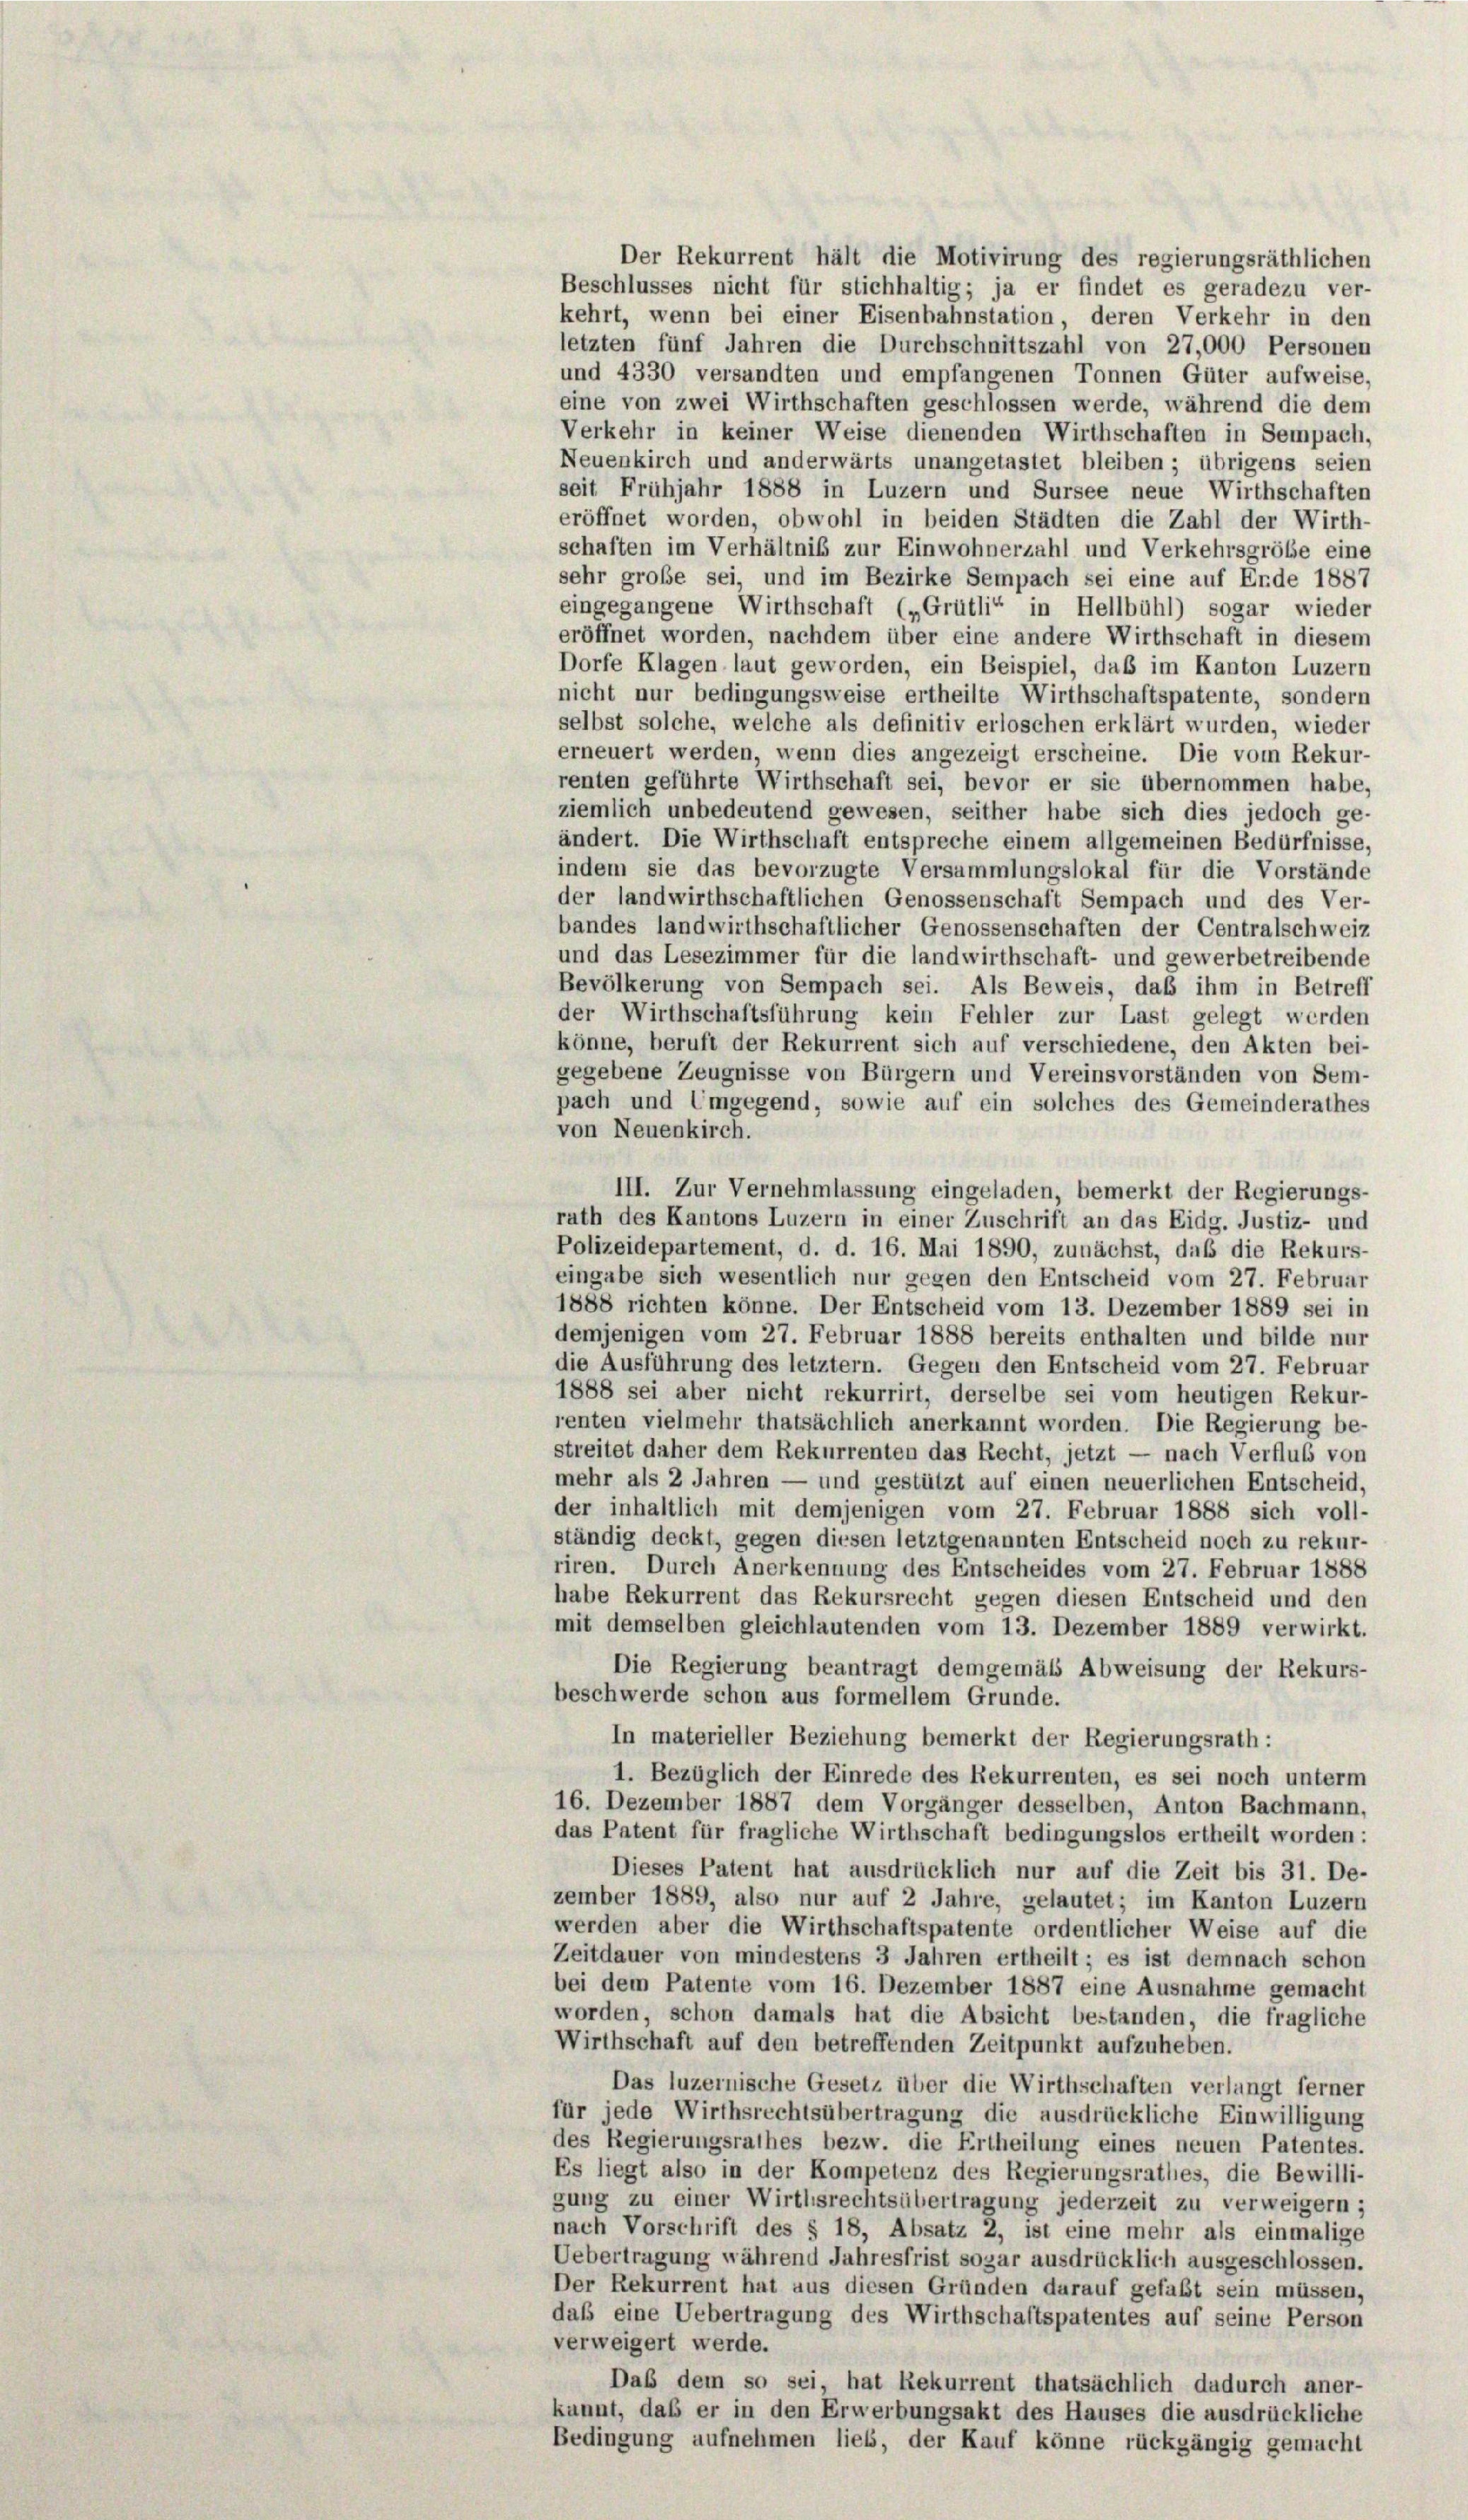
letzten fünf Jahren die Durchschnittszahl von 27,000 Personen
und 4330 versandten und empfangenen Tonnen Güter aufweise,
eine von zwei Wirthschaften geschlossen werde, während die dem
Verkehr in keiner Weise dienenden Wirthschaften in Sempach,
Neuenkirch und anderwärts unangetastet bleiben; übrigens seien
seit Frühjahr 1888 in Luzern und Sursee neue Wirthschaften
eröffnet worden, obwohl in beiden Städten die Zahl der Wirth-
schaften im Verhältniß zur Einwohnerzahl und Verkehrsgröbe eine
sehr große sei, und im Bezirke Sempach sei eine auf Erde 1887
eingegangene Wirthschaft („Grütli“ in Hellbühl) sogar wieder
eröffnet worden, nachdem über eine andere Wirthschaft in diesem
Dorfe Klagen laut geworden, ein Beispiel, daß im Kanton Luzern
nicht nur bedingungsweise ertheilte Wirthschaftspatente, sondern
selbst solche, welche als definitiv erloschen erklärt wurden, wieder
erneuert werden, wenn dies angezeigt erscheine. Die vom Rekur-
renten geführte Wirthschaft sei, bevor er sie übernommen habe,
ziemlich unbedeutend gewesen, seither habe sich dies jedoch ge-
ändert. Die Wirthschaft entspreche einem allgemeinen Bedürfnisse,
indem sie das bevorzugte Versammlungslokal für die Vorstände
der landwirthschaftlichen Genossenschaft Sempach und des Ver-
bandes landwirthschaftlicher Genossenschaften der Centralschweiz
und das Lesezimmer für die landwirthschaft- und gewerbetreibende
Bevölkerung von Sempach sei. Als Beweis, daß ihm in Betreff
der Wirthschaftsführung kein Fehler zur Last gelegt werden
könne, beruft der Rekurrent sich auf verschiedene, den Akten bei-
gegebene Zeugnisse von Bürgern und Vereinsvorständen von Sem-
pach und Umgegend, sowie auf ein solches des Gemeinderathes
von Neuenkirch.
III. Zur Vernehmlassung eingeladen, bemerkt der Regierungs-
rath des Kantons Luzern in einer Zuschrift an das Eidg. Justiz- und
Polizeidepartement, d. d. 16. Mai 1890, zunächst, daß die Rekurs-
eingabe sich wesentlich nur gegen den Entscheid vom 27. Februar
1888 richten könne. Der Entscheid vom 13. Dezember 1889 sei in
demjenigen vom 27. Februar 1888 bereits enthalten und bilde nur
die Ausführung des letztem. Gegen den Entscheid vom 27. Februar
1888 sei aber nicht rekurrirt, derselbe sei vom heutigen Rekur-
renten vielmehr thatsächlich anerkannt worden. Die Regierung be-
streitet daher dem Rekurrenten das Recht, jetzt — nach Verflub von
mehr als 2 Jahren — und gestützt auf einen neuerlichen Entscheid,
der inhaltlich mit demjenigen vom 27. Februar 1888 sich voll-
ständig deckt, gegen diesen letztgenannten Entscheid noch zu rekur-
riren. Durch Anerkennung des Entscheides vom 27. Februar 1888
habe Rekurrent das Rekursrecht gegen diesen Entscheid und den
mit demselben gleichlautenden vom 13. Dezember 1889 verwirkt.
Die Regierung beantragt demgemäss Abweisung der Rekurs-
beschwerde schon aus formellem Grunde.
In materieller Beziehung bemerkt der Regierungsrath:
1. Bezüglich der Einrede des Rekurrenten, es sei noch unterm
16. Dezember 1887 dem Vorgänger desselben, Anton Bachmann,
das Patent für fragliche Wirthschaft bedingungslos ertheilt worden:
Dieses Patent hat ausdrücklich nur auf die Zeit bis 31. De-
zember 1889, also nur auf 2 Jahre, gelautet; im Kanton Luzern
werden aber die Wirthschaftspatente ordentlicher Weise auf die
Zeitdauer von mindestens 3 Jahren ertheilt; es ist demnach schon
bei dem Patente vom 16. Dezember 1887 eine Ausnahme gemacht
worden, schon damals hat die Absicht bestanden, die fragliche
Wirthschaft auf den betreffenden Zeitpunkt aufzuheben.
Das luzernische Gesetz über die Wirthschaften verlangt ferner
für jede Wirthsrechtsübertragung die ausdrückliche Einwilligung
des Regierungsrathes bezw. die Ertheilung eines neuen Patentes.
Es liegt also in der Kompetenz des Regierungsrathes, die Bewilli-
gung zu einer Wirthsrechtsübertragung jederzeit zu verweigern :
nach Vorschrift des § 18, Absatz 2, ist eine mehr als einmalige
Uebertragung während Jahresfrist sogar ausdrücklich ausgeschlossen.
Der Rekurrent hat aus diesen Gründen darauf gefaßt sein müssen,
daß eine Uebertragung des Wirthschaftspatentes auf seine Person
verweigert werde.
Daß dem so sei, hat Rekurrent thatsächlich dadurch aner-
kannt, daß er in den Erwerbungsakt des Hauses die ausdrückliche
Bedingung aufnehmen lieb, der Kauf könne rückgängig gemacht

Der Rekurrent hält die Motivirung des regierungsräthlichen
Beschlusses nicht für stichhaltig; ja er findet es geradezu ver-
kehrt, wenn bei einer Eisenbahnstation, deren Verkehr in den